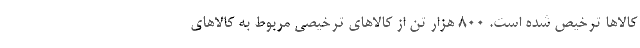
کالاها ترخیص شده است. ۸۰۰ هزار تن از کالاهای ترخیصی مربوط به کالاهای